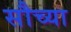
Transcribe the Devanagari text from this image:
सौच्या